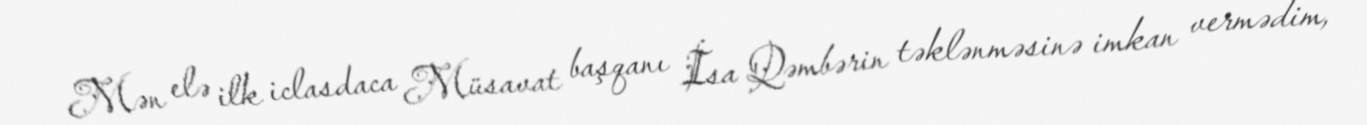
Mən elə ilk iclasdaca Müsavat başqanı İsa Qəmbərin təklənməsinə imkan vermədim,